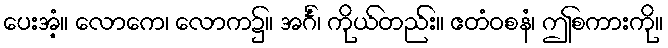
ပေးအံ့။ လောကေ၊ လောက၌။ အင်္ဂံ၊ ကိုယ်တည်း။ ဧတံဝစနံ၊ ဤစကားကို။